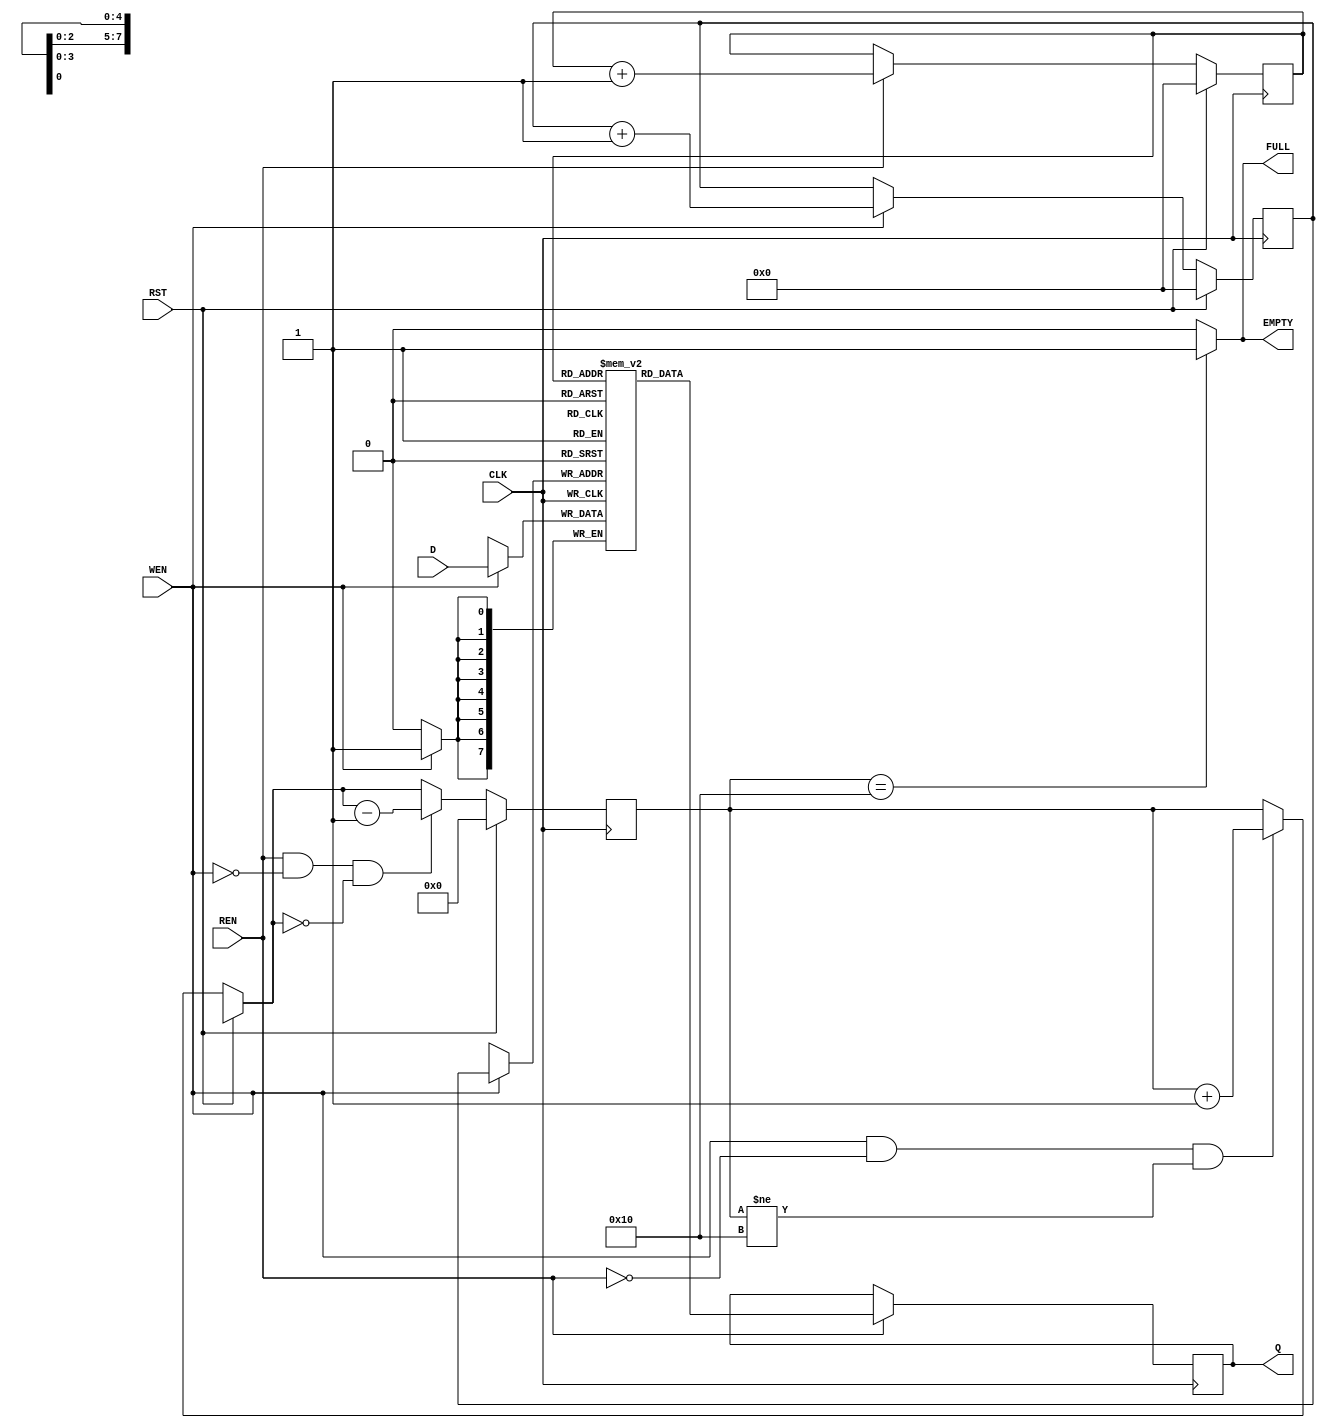
module FIFO(CLK,RST,FULL,EMPTY,Q,REN,WEN,D);
parameter DEPTH=16;
parameter WIDTH=8;
parameter ADDR=4;
input CLK,RST,WEN,REN;
input [WIDTH-1:0]D;
output FULL,EMPTY;
output reg [WIDTH-1:0]  Q;

reg [WIDTH-1:0] mem[DEPTH-1:0];
reg [ADDR-1:0]wr_pointer;
reg [ADDR-1:0]rd_pointer;
reg [ADDR:0] status_cnt;


//write address generator in fifo
always@(posedge CLK)
begin
if(RST==1)
wr_pointer<=4'b0000;
else 
begin
if(WEN)
wr_pointer<=wr_pointer+1;
end
end
// read address generator in the fifo
always@(posedge CLK)
begin
if(RST==1)
rd_pointer<=4'b0000;
else 
begin
if(REN)
rd_pointer<=rd_pointer+1;
end
end
//write and read operation in fifo
always@(posedge CLK)
begin
if(WEN)
mem[wr_pointer]<=D;
if(REN)
Q<=mem[rd_pointer];
end

//status counter in fifo

always@(posedge CLK)
begin
if(RST)
status_cnt=0;
else
begin
if(WEN && !REN && status_cnt!=DEPTH)
status_cnt=status_cnt+1;
if(REN && !WEN && status_cnt==0)
status_cnt=status_cnt-1;
if(REN&&WEN)
status_cnt=status_cnt;
end
end
assign FULL=(status_cnt==DEPTH)? 1'b1:1'b0;
assign EMPTY=(status_cnt==DEPTH)? 1'b1:1'b0;

endmodule